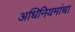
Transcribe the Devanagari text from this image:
अधिनियमांचा